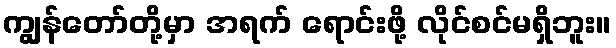
ကျွန်တော်တို့မှာ အရက် ရောင်းဖို့ လိုင်စင်မရှိဘူး။